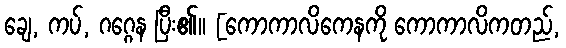
ချေ, ကပ်, ဂဂ္ဂေန ပြီး၏။ [ကောကာလိကေနကို ကောကာလိကတည်,